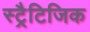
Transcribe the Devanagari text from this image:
स्ट्रैटिजिक